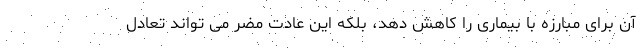
آن برای مبارزه با بیماری را کاهش دهد، بلکه این عادت مضر می تواند تعادل